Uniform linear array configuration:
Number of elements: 64
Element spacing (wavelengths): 1
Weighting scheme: kaiser
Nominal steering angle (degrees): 45
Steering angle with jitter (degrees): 47.0
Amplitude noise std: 0.05
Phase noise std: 0.05

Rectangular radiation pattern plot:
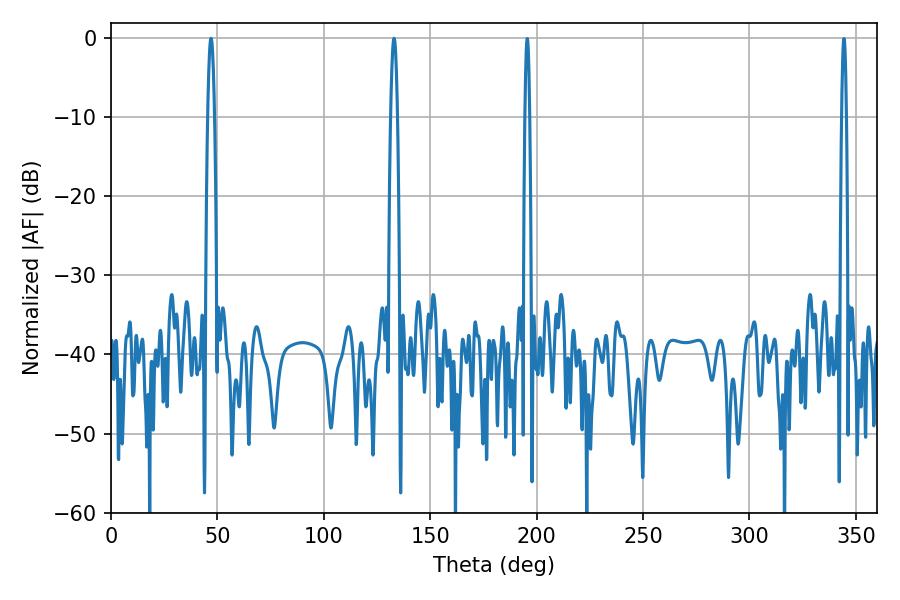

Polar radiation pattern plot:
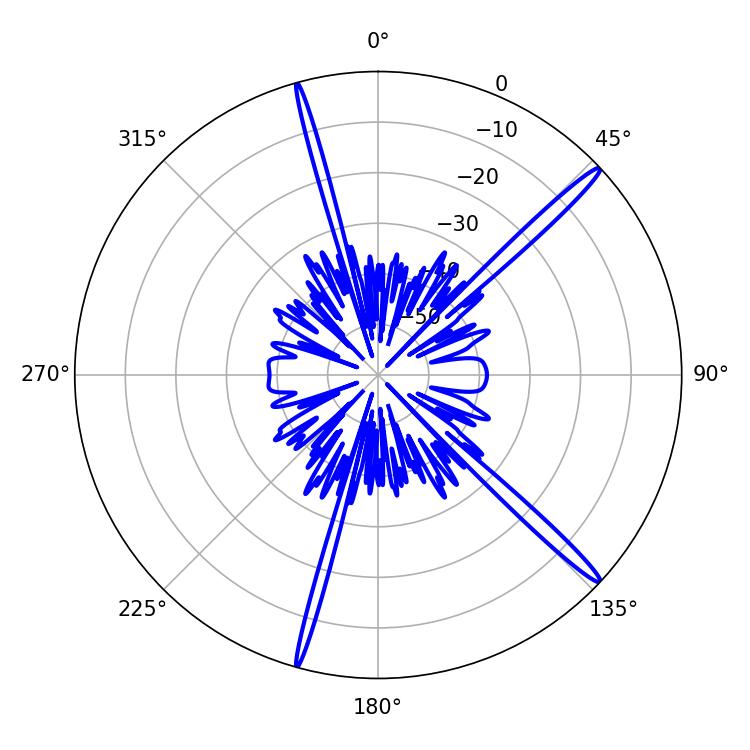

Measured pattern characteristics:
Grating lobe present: TRUE
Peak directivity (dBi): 17.354
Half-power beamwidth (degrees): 1.8
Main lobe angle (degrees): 133.02